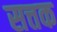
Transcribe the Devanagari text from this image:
सत्तक